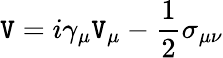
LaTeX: \mathtt{V}=i\gamma_{\mu}\mathtt{V}_{\mu}-\frac{{1}}{{2}}\sigma_{\mu\nu}